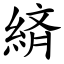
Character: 緕